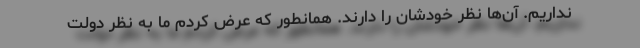
نداریم. آن‌ها نظر خودشان را دارند. همانطور که عرض کردم ما به نظر دولت